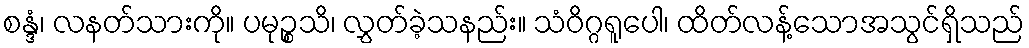
စန္ဒံ၊ လနတ်သားကို။ ပမုဉ္စသိ၊ လွှတ်ခဲ့သနည်း။ သံဝိဂ္ဂရူပေါ၊ ထိတ်လန့်သောအသွင်ရှိသည်